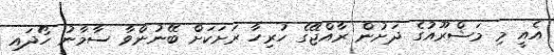
އެއީ މި މަޝްރޫއުގެ ދަށުން ރާއްޖޭގެ ހުރިހާ ރަށަކަށް ބޭނުންވާ ސާމާނު ހޯދައި